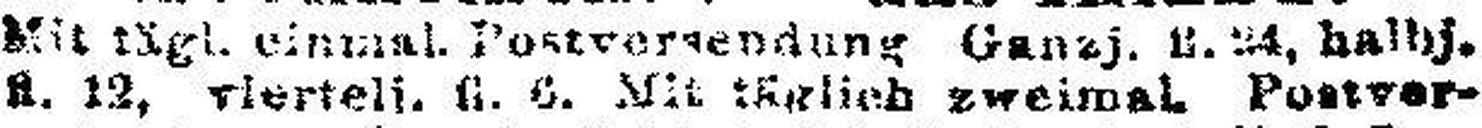
fl. 13, viertelj. fl. 6. Mit ###lich zweimal Postver¬